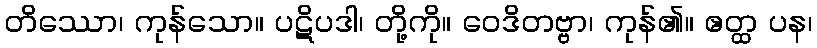
တိဿော၊ ကုန်သော။ ပဋိပဒါ၊ တို့ကို။ ဝေဒိတဗ္ဗာ၊ ကုန်၏။ ဧတ္ထ ပန၊